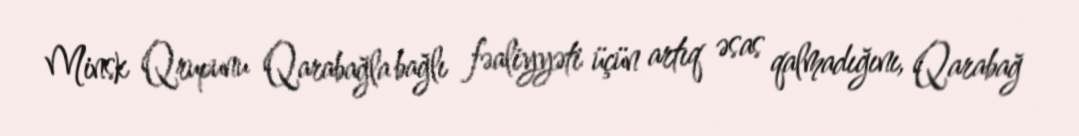
Minsk Qrupunu Qarabağla bağlı fəaliyyəti üçün artıq əsas qalmadığını, Qarabağ